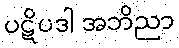
ပဋိပဒါ အဘိညာ